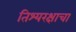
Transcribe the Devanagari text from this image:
तिश्यरक्षाचा